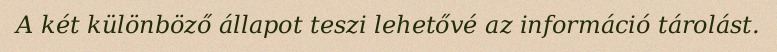
A két különböző állapot teszi lehetővé az információ tárolást.